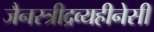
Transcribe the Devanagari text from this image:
जैनस्त्रीद्रव्यहीनेसी